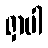
ရှာပါ